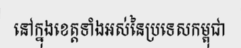
នៅក្នុងខេត្តទាំងអស់នៃប្រទេសកម្ពុជា